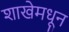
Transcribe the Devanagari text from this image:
शाखेमधून